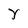
Character: y